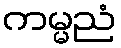
ကမ္မညံ